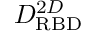
D _ { \mathrm { R B D } } ^ { 2 D }